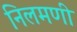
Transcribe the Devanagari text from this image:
निलमणी